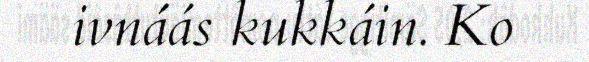
ivnáás kukkáin. Ko